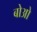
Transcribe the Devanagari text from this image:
बोओ